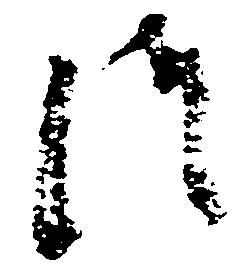
つ